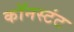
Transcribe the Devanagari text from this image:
कॉनस्टंट